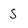
Character: s